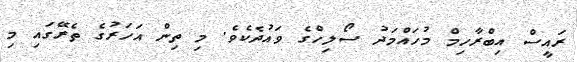
ރައީސް އިބްރާހިމް މުހައްމަދު ސޯލިހްގެ ވައުދެކެވެ. މި ތިން އަހަރުގެ ތެރޭގައި މި